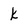
Character: k